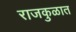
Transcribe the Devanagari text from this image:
राजकुळात